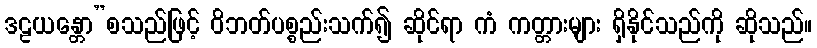
ဒဠယန္တော”စသည်ဖြင့် ဝိဘတ်ပစ္စည်းသက်၍ ဆိုင်ရာ ကံ ကတ္တားများ ရှိနိုင်သည်ကို ဆိုသည်။